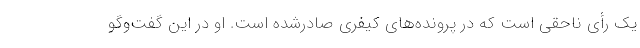
یک رأی ناحقی است که در پرونده‌های کیفری صادرشده است. او در این گفت‌وگو